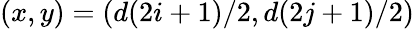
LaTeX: (x,y)=(d(2i+1)/2,d(2j+1)/2)